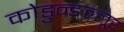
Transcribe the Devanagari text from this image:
कोडुन्ङल्लूर